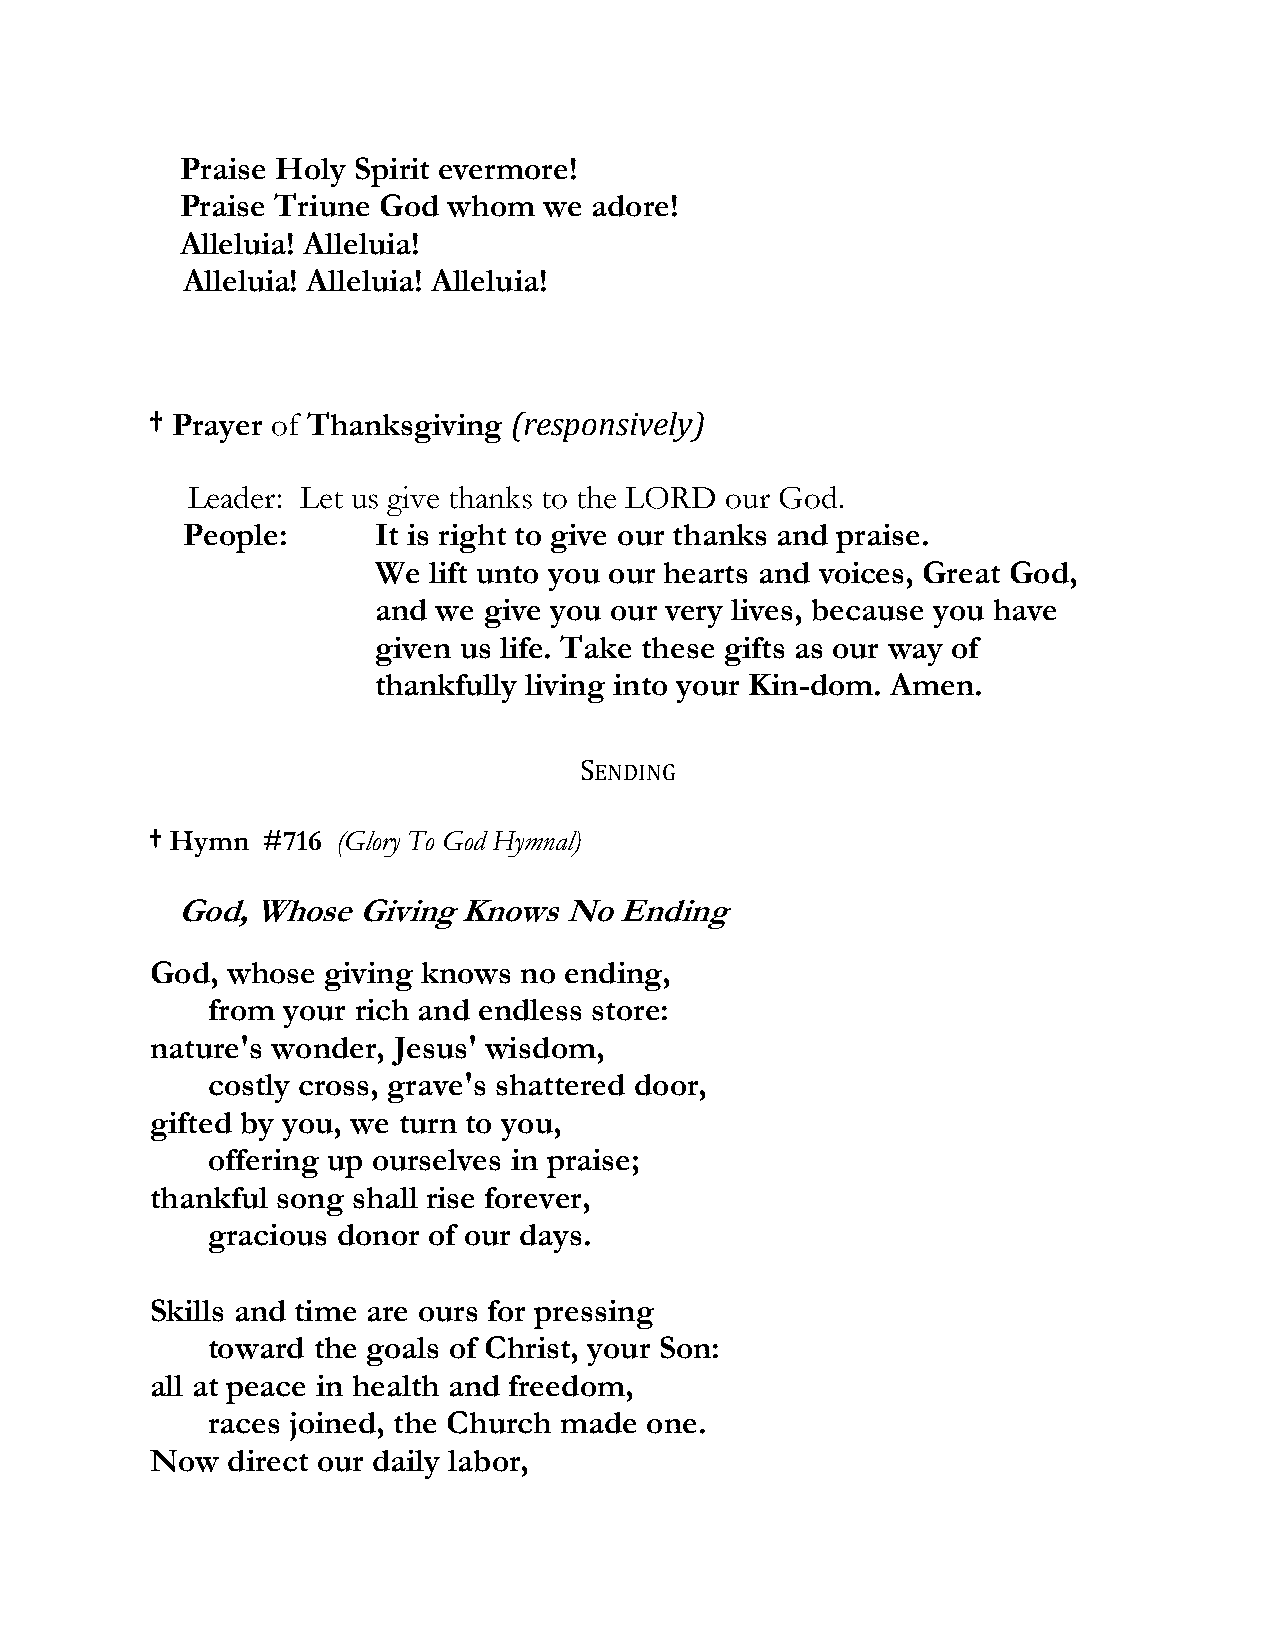
Praise Holy Spirit evermore!
 Praise Triune God whom  we adore!
 Alleluia! Alleluia!
 Alleluia! Alleluia! Alleluia!
 † Prayer of Thanksgiving (responsively)
 Leader: Let us give thanks to the LORD our God.
 People:      It is right to give our thanks and praise.
 We lift unto you our hearts and voices, Great God,
 and we give you our very lives, because you have
 given us life. Take these gifts as our way of
 thankfully living into your Kin-dom. Amen.
 SENDING
 † Hymn #716 (Glory To God Hymnal)
 God, Whose  Giving Knows No  Ending
 God, whose giving knows no ending,
 from your rich and endless store:
 nature's wonder, Jesus' wisdom,
 costly cross, grave's shattered door,
 gifted by you, we turn to you,
 offering up ourselves in praise;
 thankful song shall rise forever,
 gracious donor of our days.
 Skills and time are ours for pressing
 toward the goals of Christ, your Son:
 all at peace in health and freedom,
 races joined, the Church made one.
 Now  direct our daily labor,